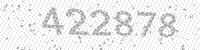
Solution: 422878